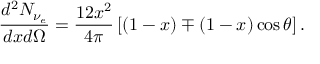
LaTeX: \frac { d ^ { 2 } N _ { \nu _ { e } } } { d x d \Omega } = \frac { 1 2 x ^ { 2 } } { 4 \pi } \left[ ( 1 - x ) \mp ( 1 - x ) \cos \theta \right] .